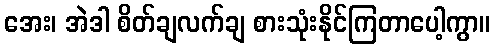
အေး၊ အဲဒါ စိတ်ချလက်ချ စားသုံးနိုင်ကြတာပေါ့ကွာ။